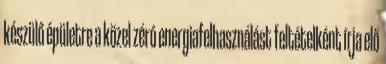
készülő épületre a közel zéró energiafelhasználást feltételként írja elő